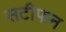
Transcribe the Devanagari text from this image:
सटीफन